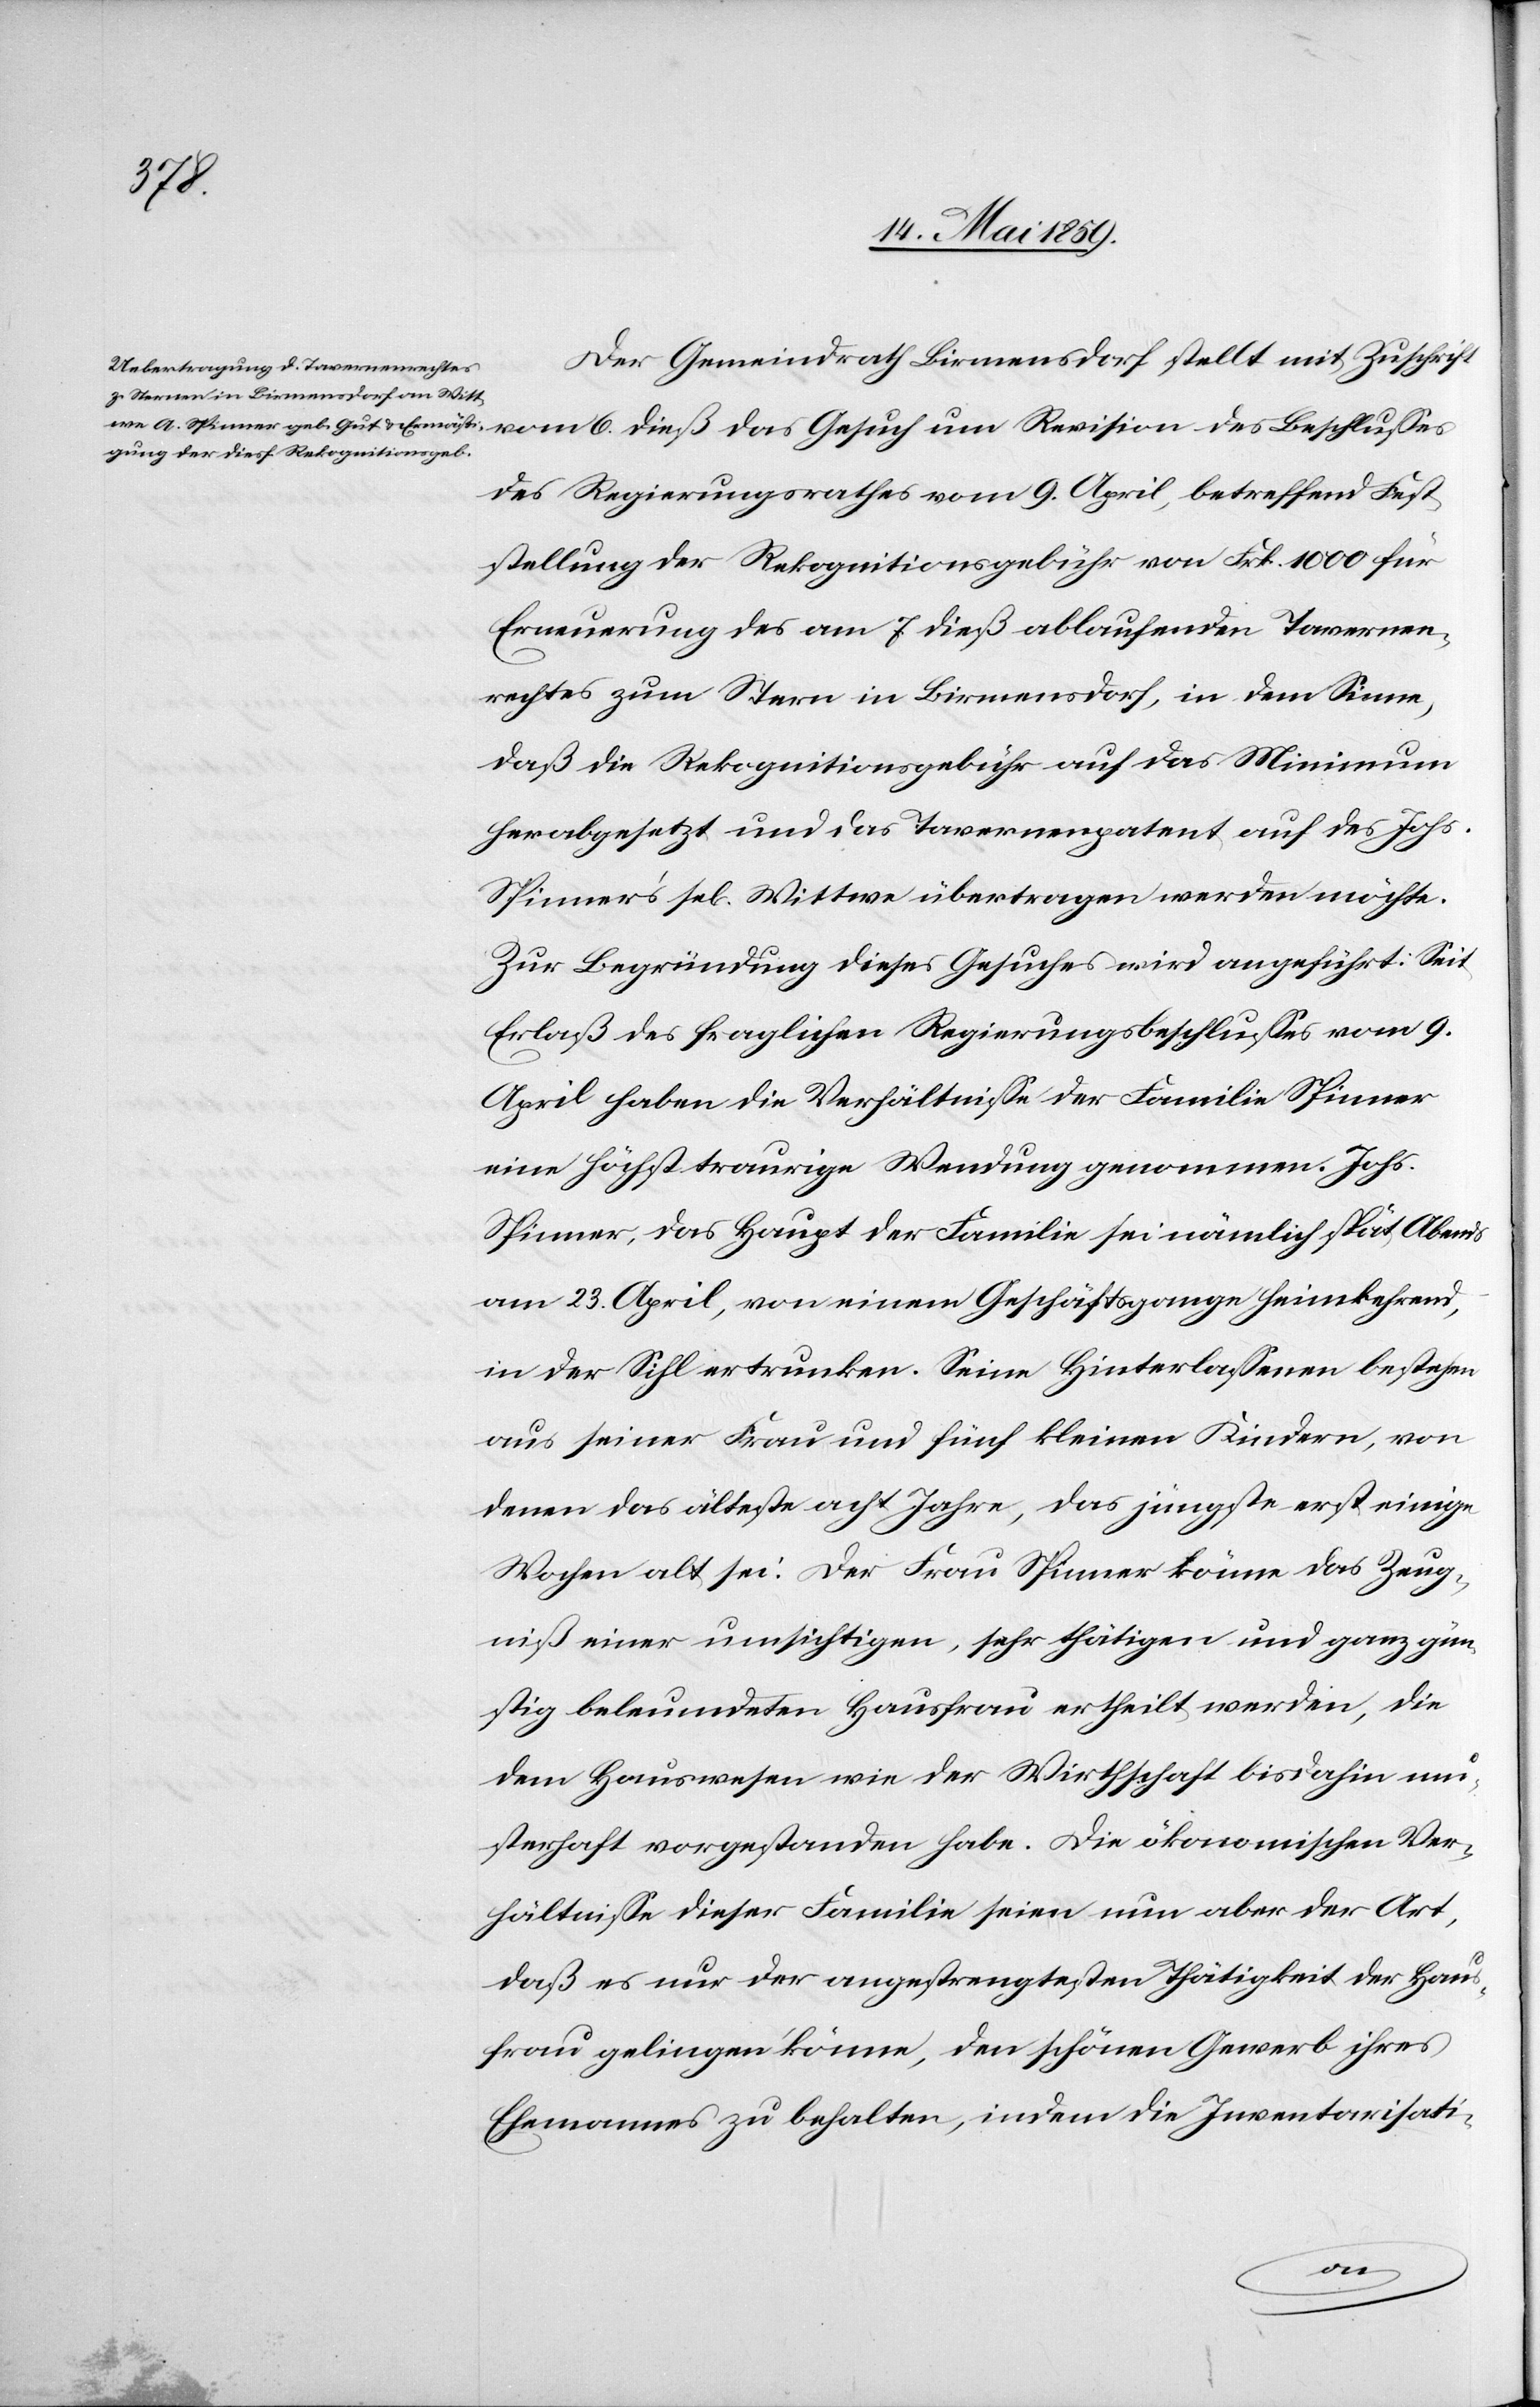
des
Der Gemeindrath Birmensdorf stellt mit Zuschrift
des Regierungsrathes vom 9. April, betreffend Fest¬
stellung der Rekognitionsgebühr von Frk. 1000 für
Erneuerung des am 7. dieß ablaufenden Tavernen¬
rechtes zum Stern [sic!] in Birmensdorf, in dem Sinne,
daß die Rekognitionsgebühr auf das Minimum
herabgesetzt und das Tavernenpatent auf des Johs.
Spinner’s sel. Wittwe übertragen werden möchte.
Zur Begründung dieses Gesuches wird angeführt: Seit
Erlaß des fraglichen Regierungsbeschlußes vom 9.
April haben die Verhältniße der Familie Spinner
eine höchst traurige Wendung genommen. Johs.
Spinner, das Haupt der Familie sei nämlich spät Abends
am 23. April, von einem Geschäftsgange heimkehrend,
in der Sihl ertrunken. Seine Hinterlaßenen bestehen
aus seiner Frau und fünf kleinen Kindern, von
denen das älteste acht Jahre, das jüngste erst einige
Wochen alt sei. Der Frau Spinner könne das Zeug¬
niß einer umsichtigen, sehr thätigen und ganz gün¬
stig beleumdeten Hausfrau ertheilt werden, die
dem Hauswesen wie der Wirthschaft bisdahin mu¬
sterhaft vorgestanden habe. Die ökonomischen Ver¬
hältniße dieser Familie seien nun aber der Art,
daß es nur der angestrengtesten Thätigkeit der Haus¬
frau gelingen könne, den schönen Gewerb ihres
Ehemannes zu behalten, indem die Inventarisati-